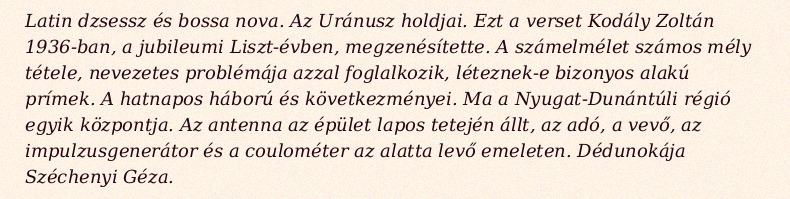
Latin dzsessz és bossa nova. Az Uránusz holdjai. Ezt a verset Kodály Zoltán 1936-ban, a jubileumi Liszt-évben, megzenésítette. A számelmélet számos mély tétele, nevezetes problémája azzal foglalkozik, léteznek-e bizonyos alakú prímek. A hatnapos háború és következményei. Ma a Nyugat-Dunántúli régió egyik központja. Az antenna az épület lapos tetején állt, az adó, a vevő, az impulzusgenerátor és a coulométer az alatta levő emeleten. Dédunokája Széchenyi Géza.